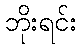
ဘိုးရင်း